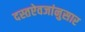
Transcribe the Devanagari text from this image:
दस्तऐवजांनुसार